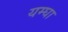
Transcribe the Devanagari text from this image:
यम्घा